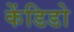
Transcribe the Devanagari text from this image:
केंडिडो